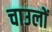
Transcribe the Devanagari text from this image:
चाउलों